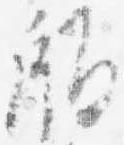
版